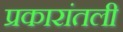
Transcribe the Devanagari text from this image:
प्रकारांतली